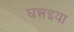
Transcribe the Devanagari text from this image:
घन्नइया